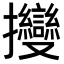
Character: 𢺥